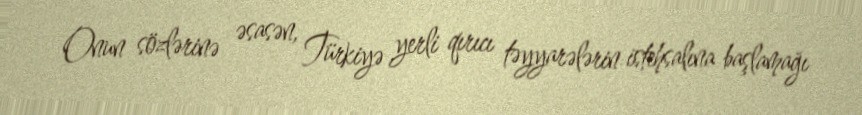
Onun sözlərinə əsasən, Türkiyə yerli qırıcı təyyarələrin istehsalına başlamağı